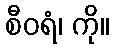
စီဝရံ၊ ကို။